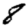
Digit: 8